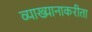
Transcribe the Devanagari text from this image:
व्याख्यानाकरीता